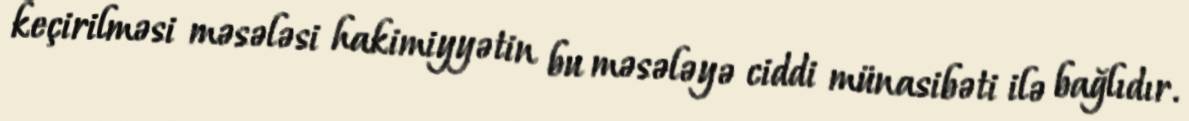
keçirilməsi məsələsi hakimiyyətin bu məsələyə ciddi münasibəti ilə bağlıdır.